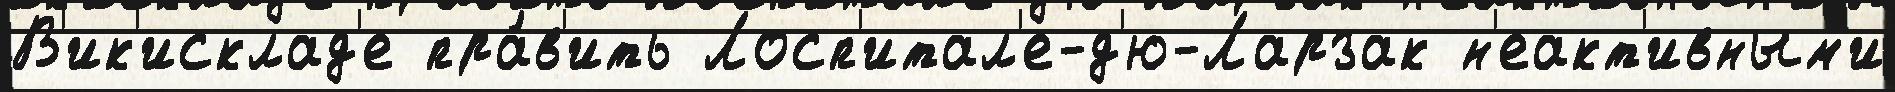
В'ик'исклад'е пра́в'ить Лосп'итал'е-д'ю-Ларзак н'еакт'ивным'и